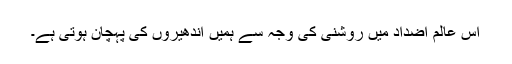
اس عالم اضداد میں روشنی کی وجہ سے ہمیں اندھیروں کی پہچان ہوتی ہے۔